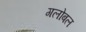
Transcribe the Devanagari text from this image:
गलोबल